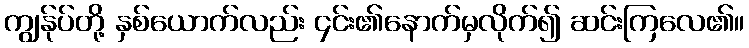
ကျွန်ုပ်တို့ နှစ်ယောက်လည်း ၄င်း၏နောက်မှလိုက်၍ ဆင်းကြလေ၏။